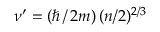
\nu ^ { \prime } = ( \hbar \, / \, 2 m ) \, ( n / 2 ) ^ { 2 / 3 }